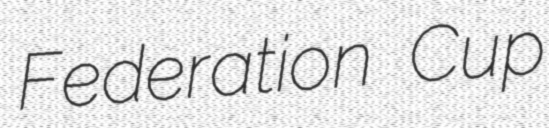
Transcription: Federation Cup